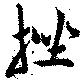
挫